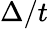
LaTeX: \Delta/t